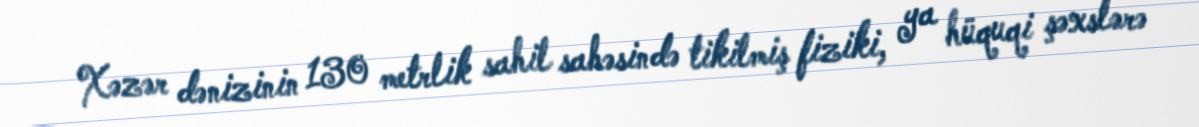
Xəzər dənizinin 130 metrlik sahil sahəsində tikilmiş fiziki, ya hüquqi şəxslərə